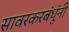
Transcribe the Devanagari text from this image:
सावरकरबंधूंनी